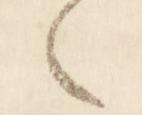
之